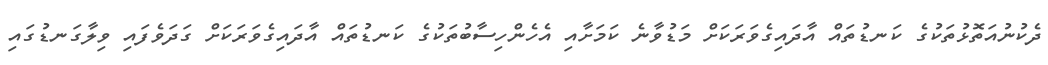
ދެކުނުއަތޮޅުތަކުގެ ކަނޑުތައް އާދައިގެވަރަކަށް މަޑުވާނެ ކަމަށާއި އެހެންހިސާބުތަކުގެ ކަނޑުތައް އާދައިގެވަރަކަށް ގަދަވެފައި ވިލާގަނޑުގައި